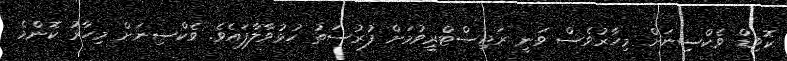
ކޮވިޑް ވެކްސިނަށް މިހާރުވެސް ވަނީ ރަޖިސްޓްރީވުމަށް ފުރުސަތު ހުޅުވާލާފައެވެ. ވެކްސިނަށް މިހާރު ކޮންމެ